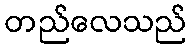
တည်လေသည်